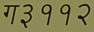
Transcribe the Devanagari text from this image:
ग३११२